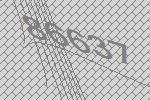
86637